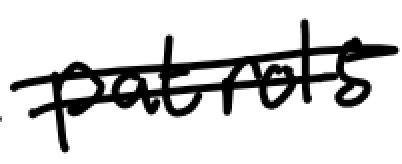
Text: patrols
Cross-out: double-line
Writing tool: digital_black